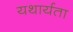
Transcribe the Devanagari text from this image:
यथार्यता